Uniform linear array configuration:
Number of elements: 8
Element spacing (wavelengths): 1
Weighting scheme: binomial
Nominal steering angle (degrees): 60
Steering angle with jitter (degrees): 60.65
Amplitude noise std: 0.05
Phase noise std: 0.05

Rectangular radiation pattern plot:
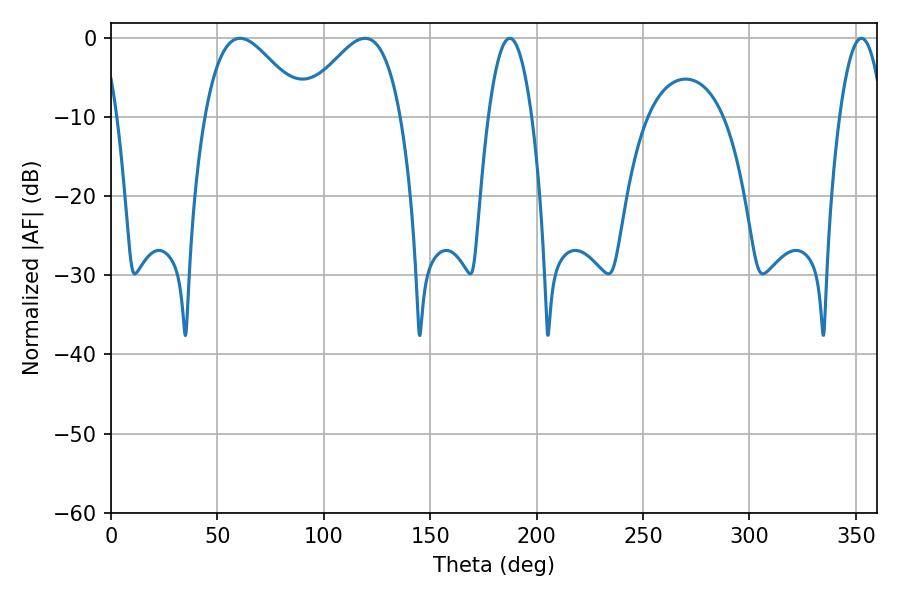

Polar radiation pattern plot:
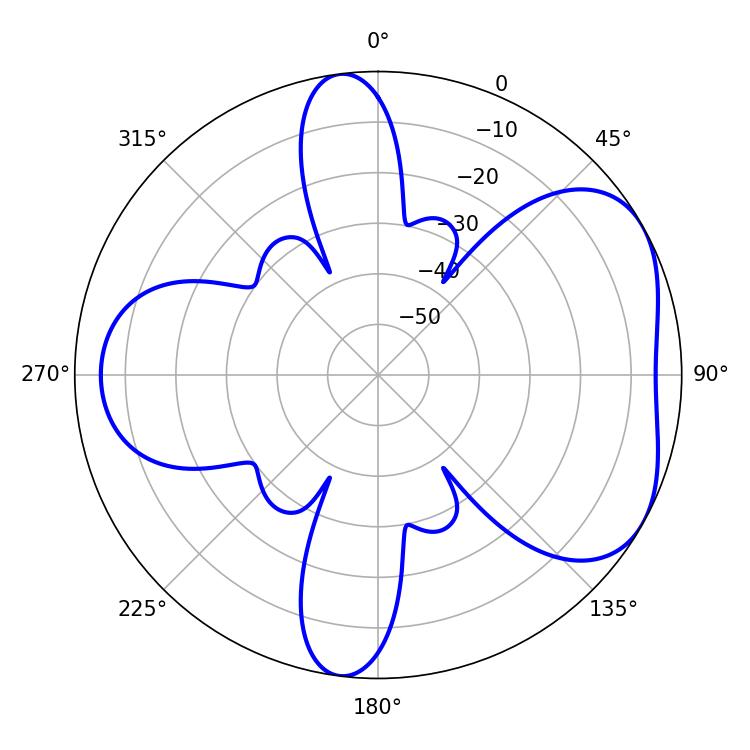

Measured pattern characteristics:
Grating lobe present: TRUE
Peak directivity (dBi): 4.92
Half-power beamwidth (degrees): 11.16
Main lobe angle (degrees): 352.62